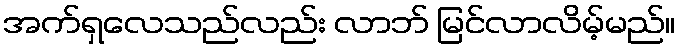
အက်ရှလေသည်လည်း လာဘ် မြင်လာလိမ့်မည်။